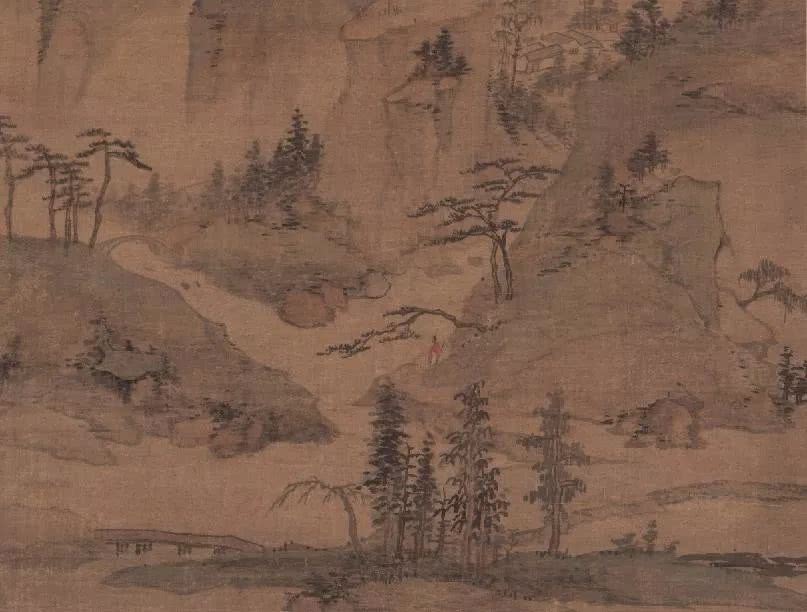
我未成名卿未嫁，可能俱是不如人。